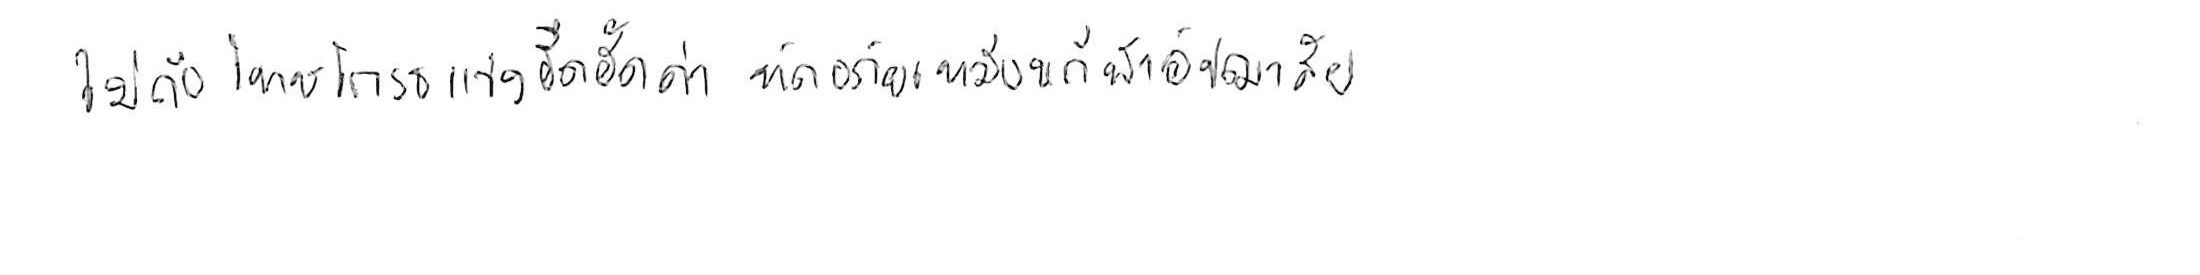
ไม่ถือโทษโกรธแช่งซัดฮึดฮัดด่า หัดอภัยเหมือนกีฬาอัชฌาสัย